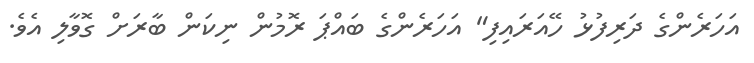
އަހަރެންގެ ދަރިފުޅު ހޭއަރައިފި" އަހަރެންގެ ބައްޕަ ރޮމުން ނިކަން ބާރަށް ގޮވާލި އެވެ.